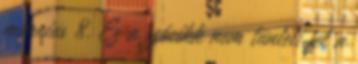
március 8. Ez a szócikk nem tünteti fel a